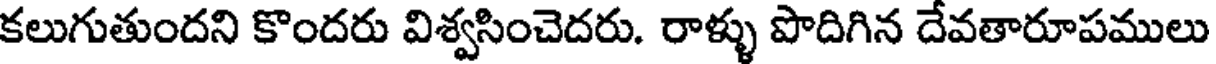
కలుగుతుందని కొందరు విశ్వసించెదరు. రాళ్ళు పొదిగిన దేవతారూపములు